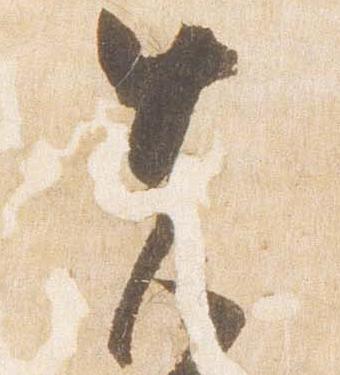
先